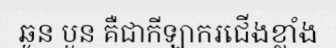
ឆូន បួន គឺជាកីឡាករជើងខ្លាំង